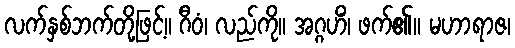
လက်နှစ်ဘက်တို့ဖြင့်။ ဂီဝံ၊ လည်ကို။ အဂ္ဂဟိံ၊ ဖက်၏။ မဟာရာဇ၊